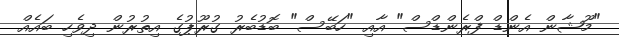
"މޫޝާން އެންޑް ފްރެންޑްސް" އާއި "ހަބޭސް" ބޮޑުބެރު ގުރޫޕުގެ އިތުރުން ދިވެހި ބައެއް